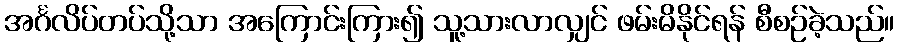
အင်္ဂလိပ်တပ်သို့သာ အကြောင်းကြား၍ သူ့သားလာလျှင် ဖမ်းမိနိုင်ရန် စီစဉ်ခဲ့သည်။